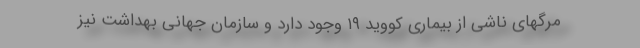
مرگهای ناشی از بیماری کووید ۱۹ وجود دارد و سازمان جهانی بهداشت نیز